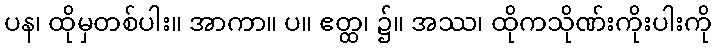
ပန၊ ထိုမှတစ်ပါး။ အာကာ။ ပ။ ဧတ္ထ၊ ၌။ အဿ၊ ထိုကသိုဏ်းကိုးပါးကို